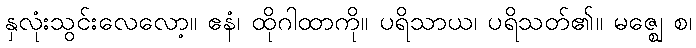
နှလုံးသွင်းလေလော့။ ဧနံ၊ ထိုဂါထာကို။ ပရိသာယ၊ ပရိသတ်၏။ မဇ္ဈေ စ၊